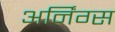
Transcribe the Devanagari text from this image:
अर्निंग्स